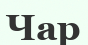
Чар